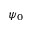
\psi _ { 0 }